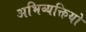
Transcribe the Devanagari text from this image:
अभिव्यक्तियो